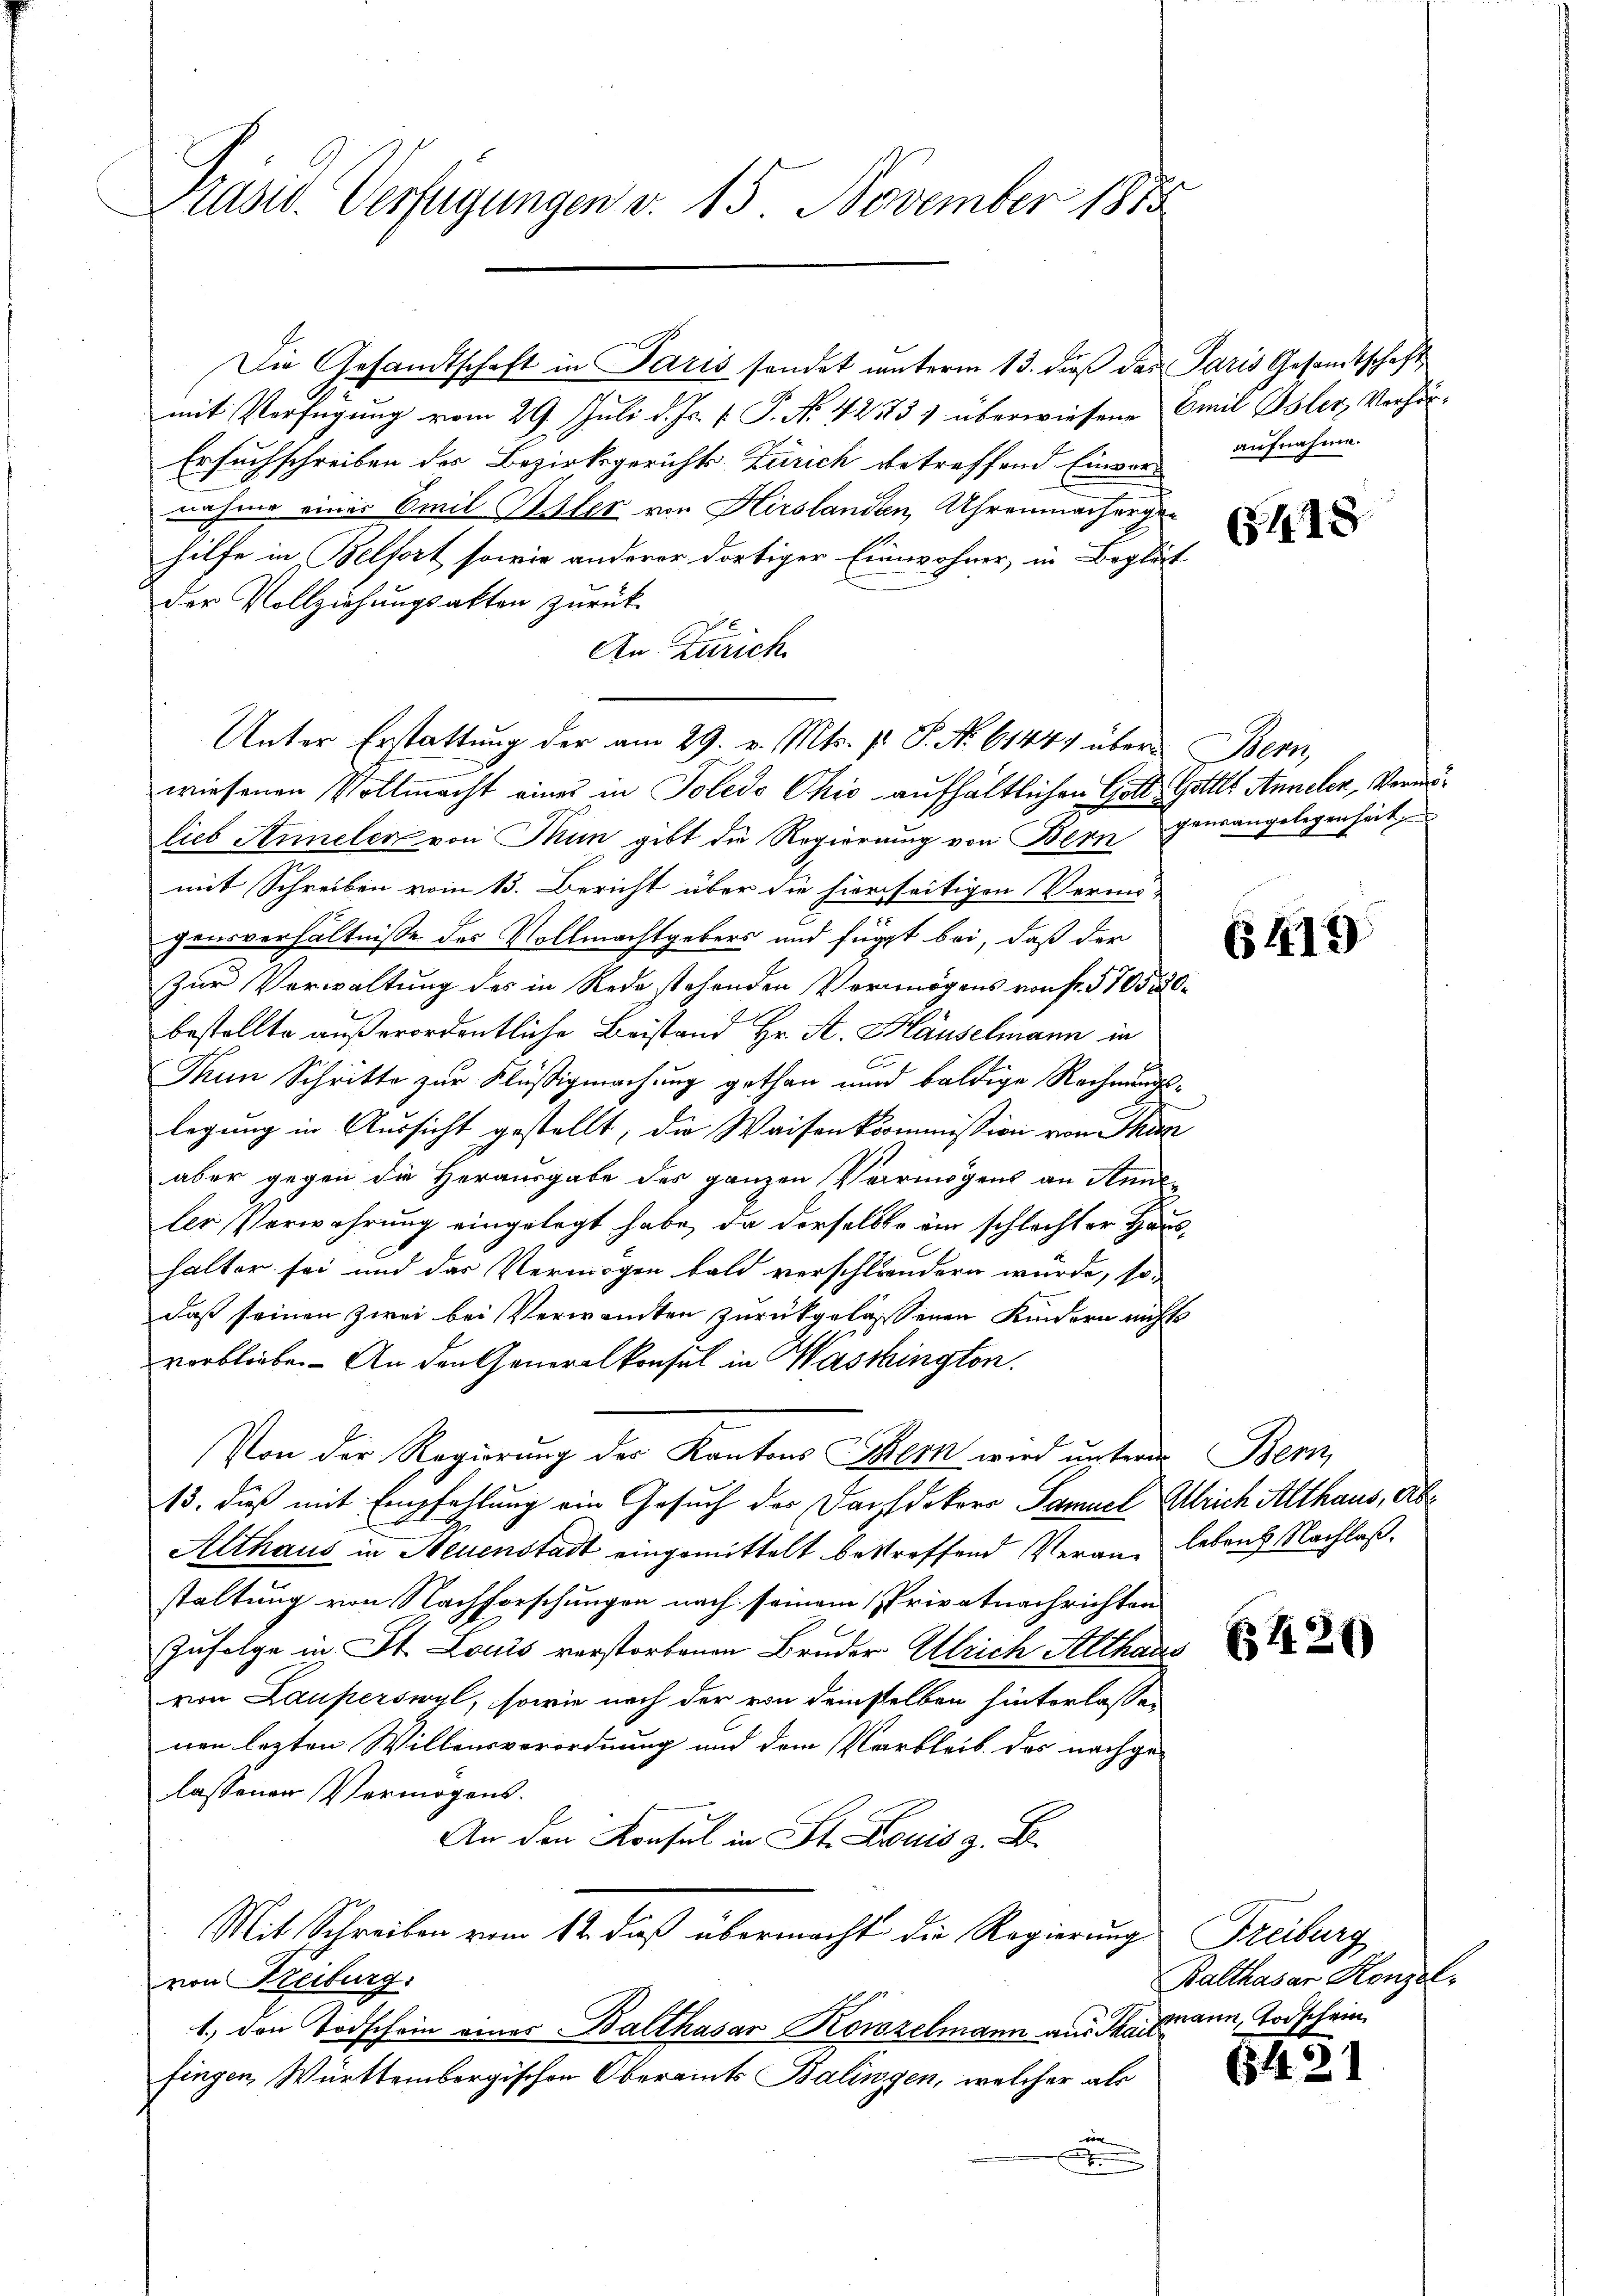
Präsid. Verfügungen v. 15 November 1815

Die Gesandtschaft in Paris sendet unterm 13. dieß das Paris Gesandtschaft
mit Verfügung vom 29. Juli d. Js. v. P. Nr. 42773) überwiesene Emil Oster Verhör¬
Ersuchschreiben des Bezirksgerichts-Zürich betreffend Einvor-
nahme einer Emil Uster von Hirslandten, Uhrenmachergan
hilfe in Belfort sowie anderer dortiger Einwohner, in Begleit
der Vollziehungsakten zurück
An Zürich
Unter Erstattung der am 29. v. Mts. pr. S. No 61444 über Bern,
wiesenen Vollmacht eines in Toledo Okić aufhältlichen Gott, Gottes Annelen, Vormulieb Annelen von Thun gibt die Regierung von Bern
mit Schreiben vom 13. Bericht über die hierseitigen Vermö-
gensverhältnisse des Vollmachtgebers und fügt bei, daß der
Zur Verwaltung des in Rede stehenden Vermögens von fr. 5105520.
bestellte außerordentliche Beistand Hr. A. Häuselmann in
Tun Schritte zur Flüßigmachung gethan und baldige Rechmundslegung in Aussicht gestellt, die Waisenkommission von Thun
aber gegen die Herausgabe des ganzen Vermögens an Hanler Verwahrung eingelegt habe, da derselbe ein schlechter Haushalter sei und das Vermögen bald verschländern würde, so-
daß seinen zwei bei Verwandten zurückgelassenen Kindern nichts
verbliebe. - An den Generalkonsul in Waschington.
Von der Regierung des Kantons Bern wird unterm Bern,
13. dieß mit Empfehlung ein Gesuch des Dachdekors Samuel Ulrich Althaus, Ab¬
Althaus in Neuenstadt eingemittelt bestreffend Veran lebens Nachlaßstaltung von Nachforschungen nach seinem Privatnachrichten
Zufolge in St. Louis verstorbenen Bruder Ulrich Althaus
von Lauperswyl, sowie nach der von demselben hinterlassen
nen lezten Willensverordnung und dem Verbleib des nachge-
lassenen Vermögens.
An den Konsul in St. Louis z. B.
Mit Schreiben vom 12. dieß übermacht die Regierung Freiburg
von Kreiburg.
1.) Den Todschein eines Balthasar Konzelmann aus Thayrann, Todschein
fingen, Württembergischen Oberamts Balingen, welcher als
von
.

aufnahme.

418

genrangelegenheit

6419

612)

Balthasar Konzel

(842)